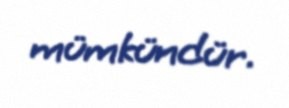
mümkündür.